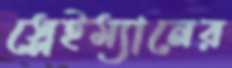
স্লেইম্যানের